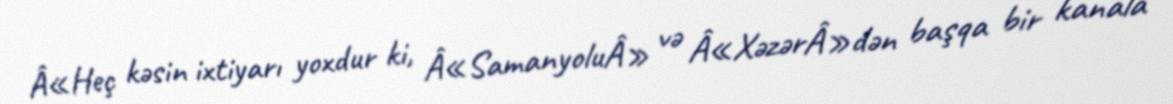
Â«Heç kəsin ixtiyarı yoxdur ki, Â«SamanyoluÂ» və Â«XəzərÂ»dən başqa bir kanala